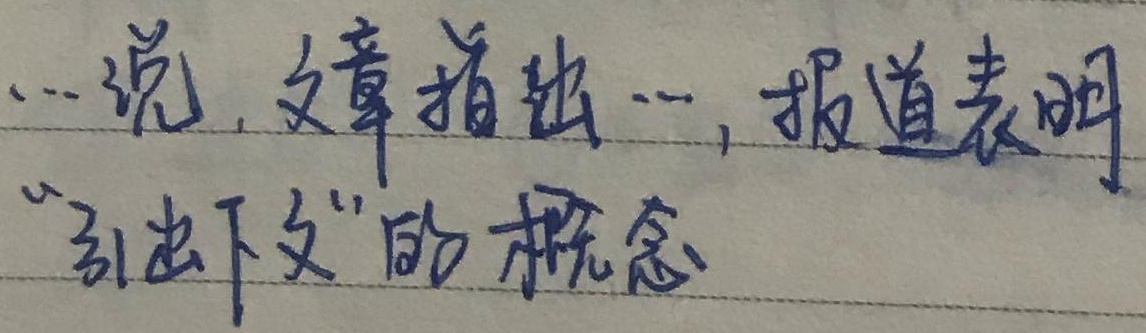
...说，文章指出...，报道表明“引出下文”的概念